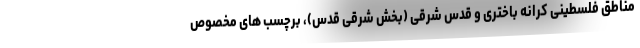
مناطق فلسطینیِ کرانه باختری و قدس شرقی (بخش شرقی قدس)، برچسب های مخصوص